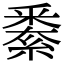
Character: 𨤙